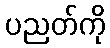
ပညတ်ကို